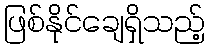
ဖြစ်နိုင်ချေရှိသည့်